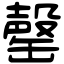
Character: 罄